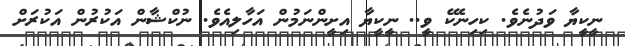
ނީކީޔާ ވަދުނެވެ. ކިހިނެކޭ ވީ.. ނީކީޔާ އިށީންނަމުން އަހާލިއެވެ. ނުކްޝާން އަކުރުން އަކުރަށް